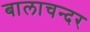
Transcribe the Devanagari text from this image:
बालाचन्दर